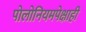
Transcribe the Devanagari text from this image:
पोलोनियमपेक्षाही